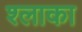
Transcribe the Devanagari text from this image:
श्लाका